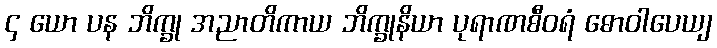
၄ ယော ပန ဘိက္ခု အညာတိကာယ ဘိက္ခုနိယာ ပုရာဏစီဝရံ ဓောဝါပေယျ